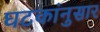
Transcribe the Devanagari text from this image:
घटकांनुसार